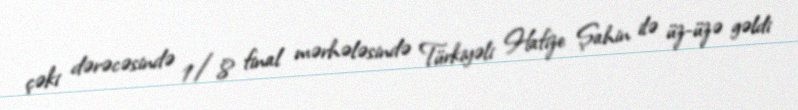
çəki dərəcəsində 1/8 final mərhələsində Türkiyəli Hafize Şahin ilə üz-üzə gəldi